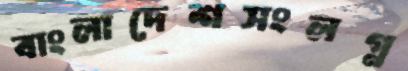
বাংলাদেশসংলগ্ন